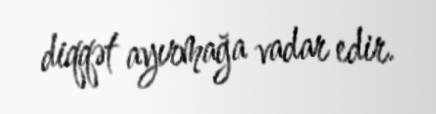
diqqət ayırmağa vadar edir.